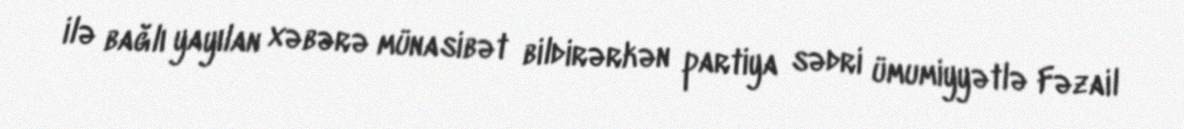
ilə bağlı yayılan xəbərə münasibət bildirərkən partiya sədri ümumiyyətlə Fəzail